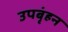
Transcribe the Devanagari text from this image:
उपबृंहन